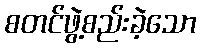
စတင်ဖွဲ့စည်းခဲ့သော